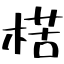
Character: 楛